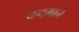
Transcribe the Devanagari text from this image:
कदमाने